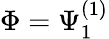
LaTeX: \Phi=\Psi_{1}^{(1)}